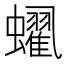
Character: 𲀐